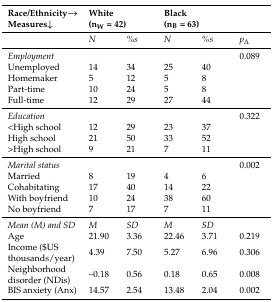
| Race/Ethnicity→Measures↓ | <COLSPAN=2> White(nW = 42) | <COLSPAN=2> Black(nB = 63) |  |
 | --- | --- | --- | --- | --- | --- |
 |  | N | %s | N | %s | p∆ |
 | Employment |  |  |  |  | 0.089 |
 | Unemployed | 14 | 34 | 25 | 40 |  |
 | Homemaker | 5 | 12 | 5 | 8 |  |
 | Part-time | 10 | 24 | 5 | 8 |  |
 | Full-time | 12 | 29 | 27 | 44 |  |
 | Education |  |  |  |  | 0.322 |
 | <High school | 12 | 29 | 23 | 37 |  |
 | High school | 21 | 50 | 33 | 52 |  |
 | >High school | 9 | 21 | 7 | 11 |  |
 | Marital status |  |  |  |  | 0.002 |
 | Married | 8 | 19 | 4 | 6 |  |
 | Cohabitating | 17 | 40 | 14 | 22 |  |
 | With boyfriend | 10 | 24 | 38 | 60 |  |
 | No boyfriend | 7 | 17 | 7 | 11 |  |
 | Mean (M) and SD | M | SD | M | SD |  |
 | Age | 21.90 | 3.36 | 22.46 | 3.71 | 0.219 |
 | Income ($US thousands/year) | 4.39 | 7.50 | 5.27 | 6.96 | 0.306 |
 | Neighborhood disorder (NDis) | –0.18 | 0.56 | 0.18 | 0.65 | 0.008 |
 | BIS anxiety (Anx) | 14.57 | 2.54 | 13.48 | 2.04 | 0.002 |